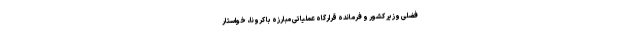
فضلی وزیر کشور و فرمانده قرارگاه عملیاتی مبارزه با کرونا، خواستار